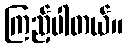
ကြည့်ပါတယ်။